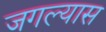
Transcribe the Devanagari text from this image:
जगल्यास